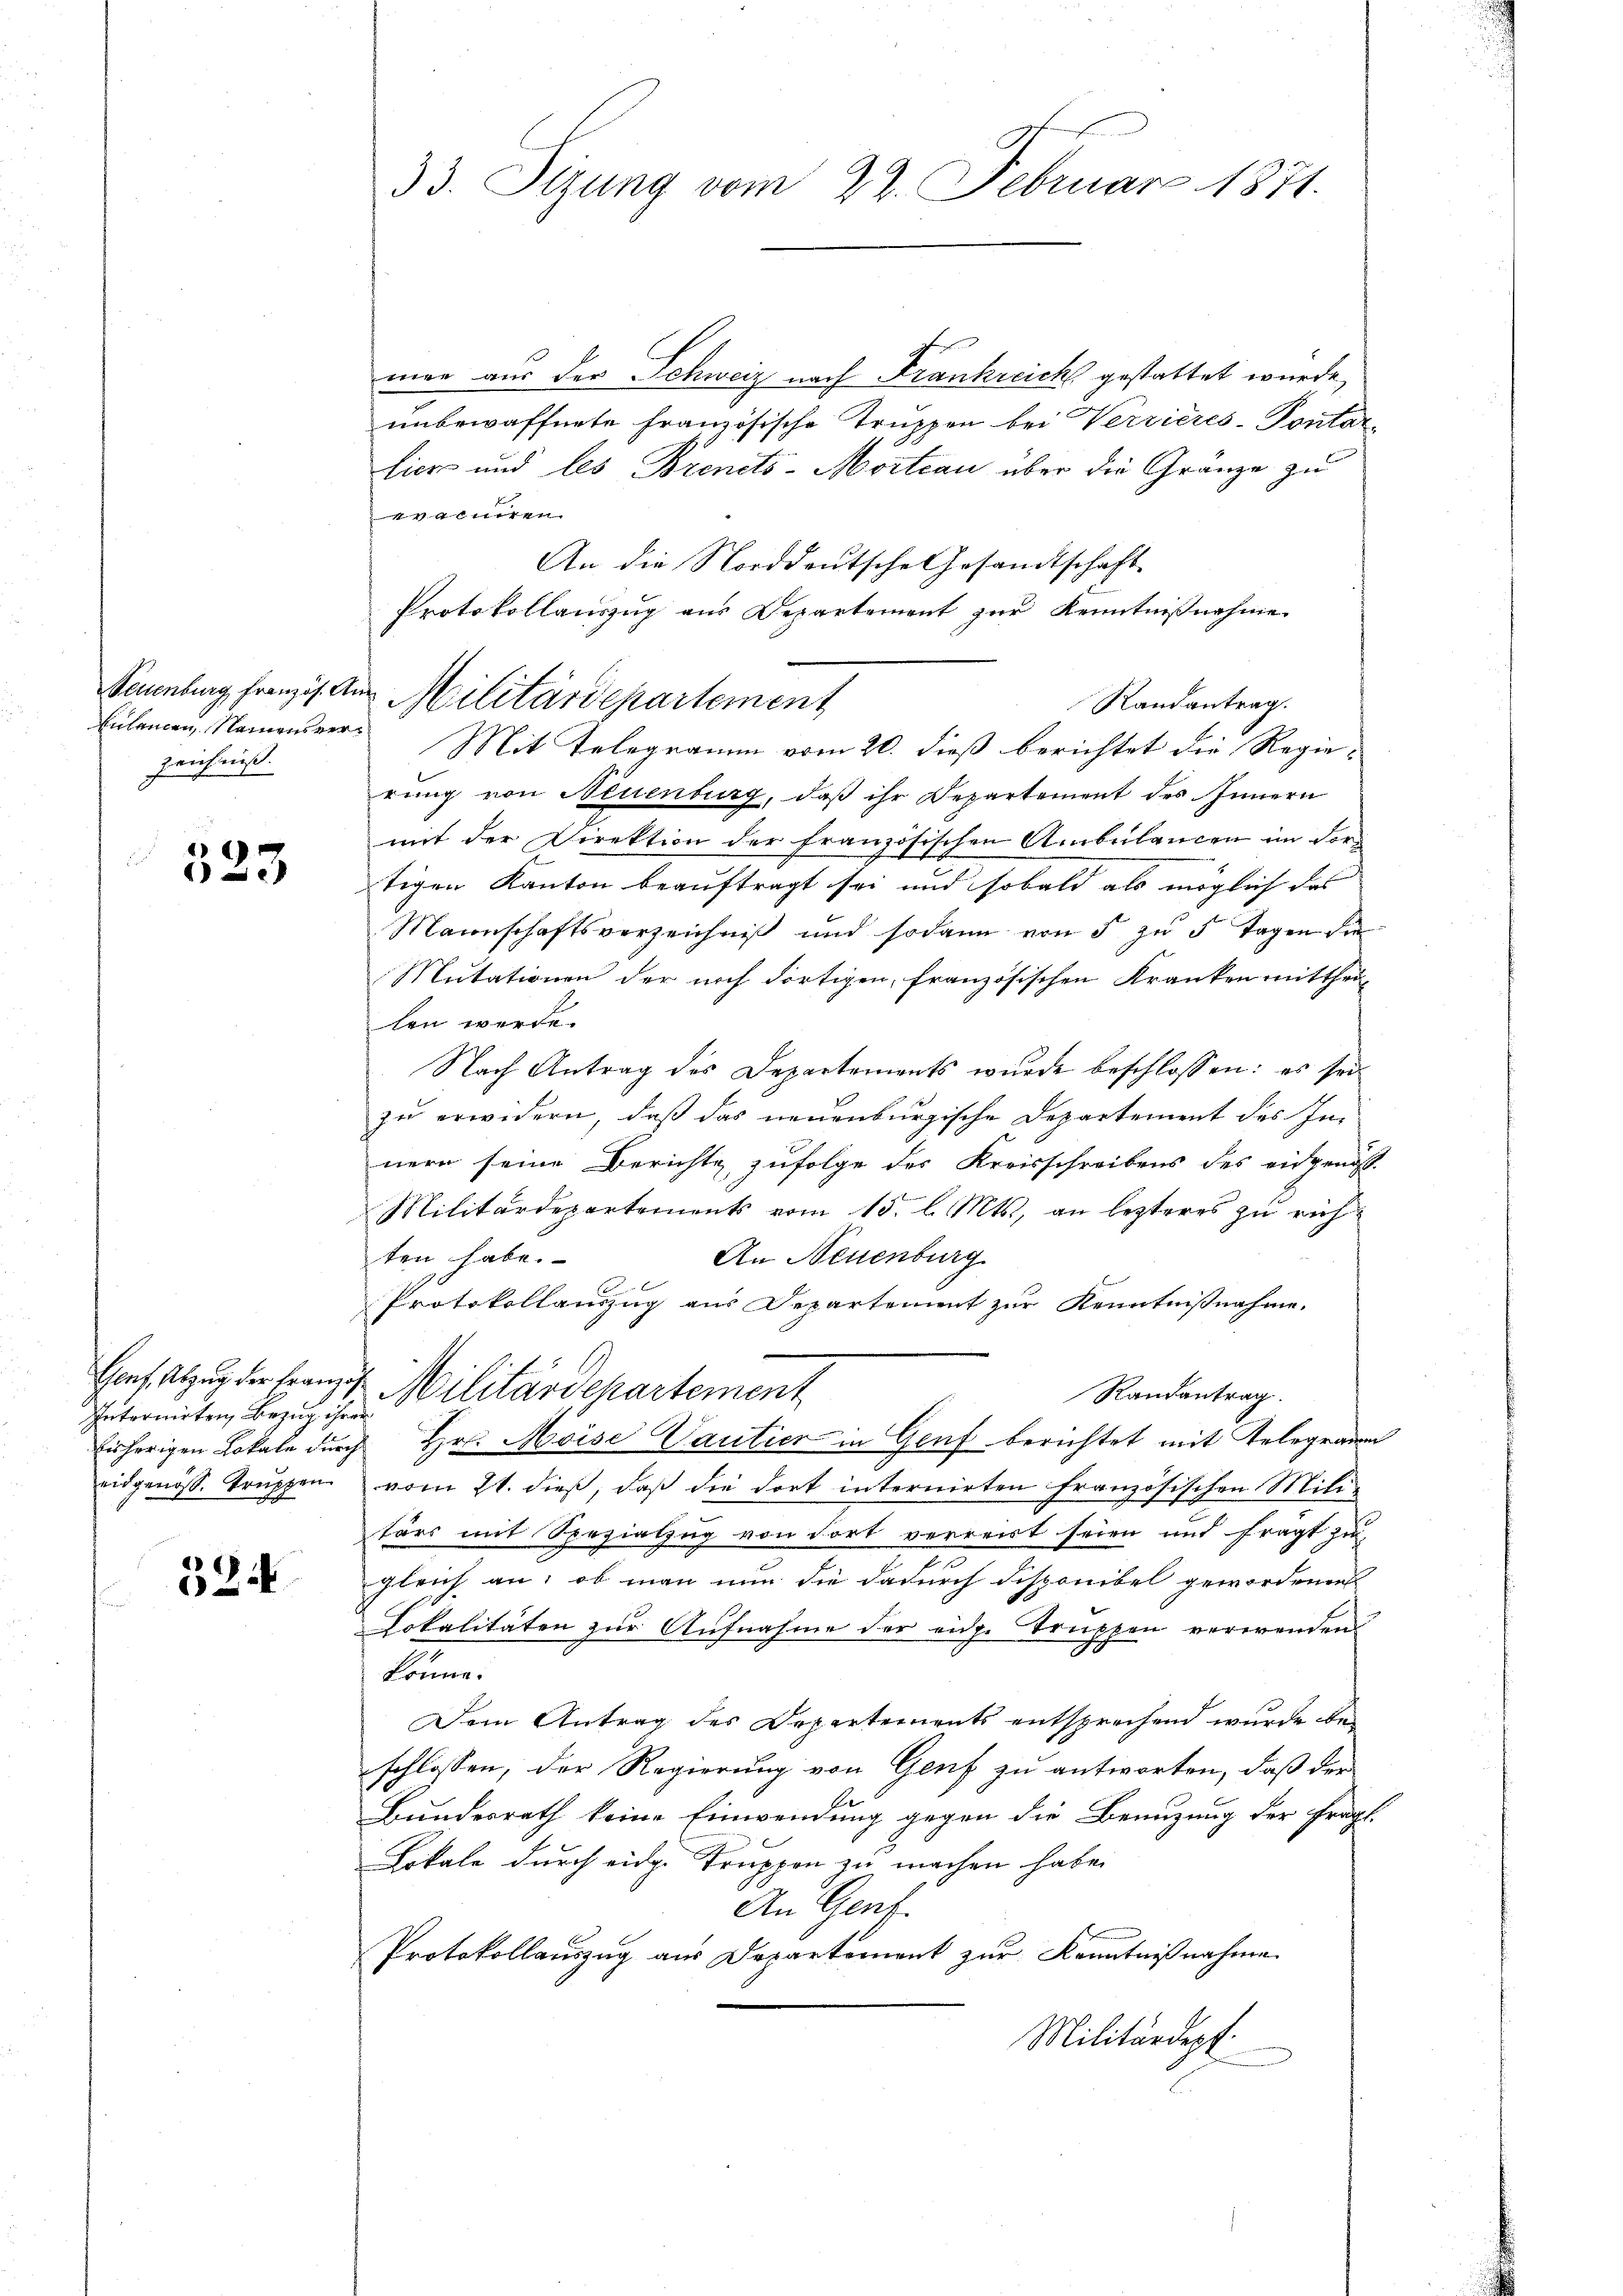
Teuenburg französ. An
Eulancen, Namensverzeichniß.

523

Genf, Abzug der Franzog
Intornirten Bezug ihre
bisherigen Lokale durch
eidgenöss. Truppen

524

33. Sizung vom 22. Februar 1871.

mar aus der Schweiz nach Frankreich gestattet wurde,
unbewaffnete französische Truppen bei Verrieres-Pontar-
Lier und les Brenets-Mortiau über die Gränze zu
egatte
An die Norddeutsche Gesandtschaft
Mit Telegramm vom 20. dieß berichtet die Regierung von Neuenburg, daß ihr Departement des Innern
mit der Direktion der französischen Ambülancen im Vortigen Kanton beauftragt sei und sobald als möglich das
Mannschaftsverzeichniß und sodann von 5 zu 5 Tagen die
Mutationen der noch dortigen, französischen Kranken mitthei-
len werde.
Nach Antrag des Departements wurde beschlossen: es seizu erwidern, daß das neuenburgische Departement des Im
nern seine Berichte zufolge des Kreisschreibens des eidgenoss
Militärdepartements vom 15. l. Mts., an lezteres zu richten habe.
An Neuenburg
Protokollauszug aus Departement zur Kenntnißnahme.
Militärdepartement
Randantrag.
Hr. Moise Vautier in Genf berichtet mit Telegramm
vom 21. dieß, daß die dort internirten Französischen Militärs mit Spezialzug von dort verreist seien und fragt zu
gleich an: ob man nun die dadurch disponibel gewordenen
Lokalitäten zur Aufnahme der eid. Truppen verwenden
könne.
Dem Antrag des Departements entsprechend wurde bei
schlossen, der Regierung von Genf zu antworten, daß der
Bundesrath keine Einwendung gegen die Benuzung der fragt.
Lokale durch eidg. Truppen zu machen habe.
An Genf.
Protokollauszug aus Departement zur Kenntnißnahme
Militärdept.

Protokollauszug aus Departement zur Kenntnißnahme
u Militärdepartement
Randantrag.